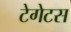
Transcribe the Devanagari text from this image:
टेगेटस